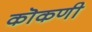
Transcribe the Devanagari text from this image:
कॊकणी